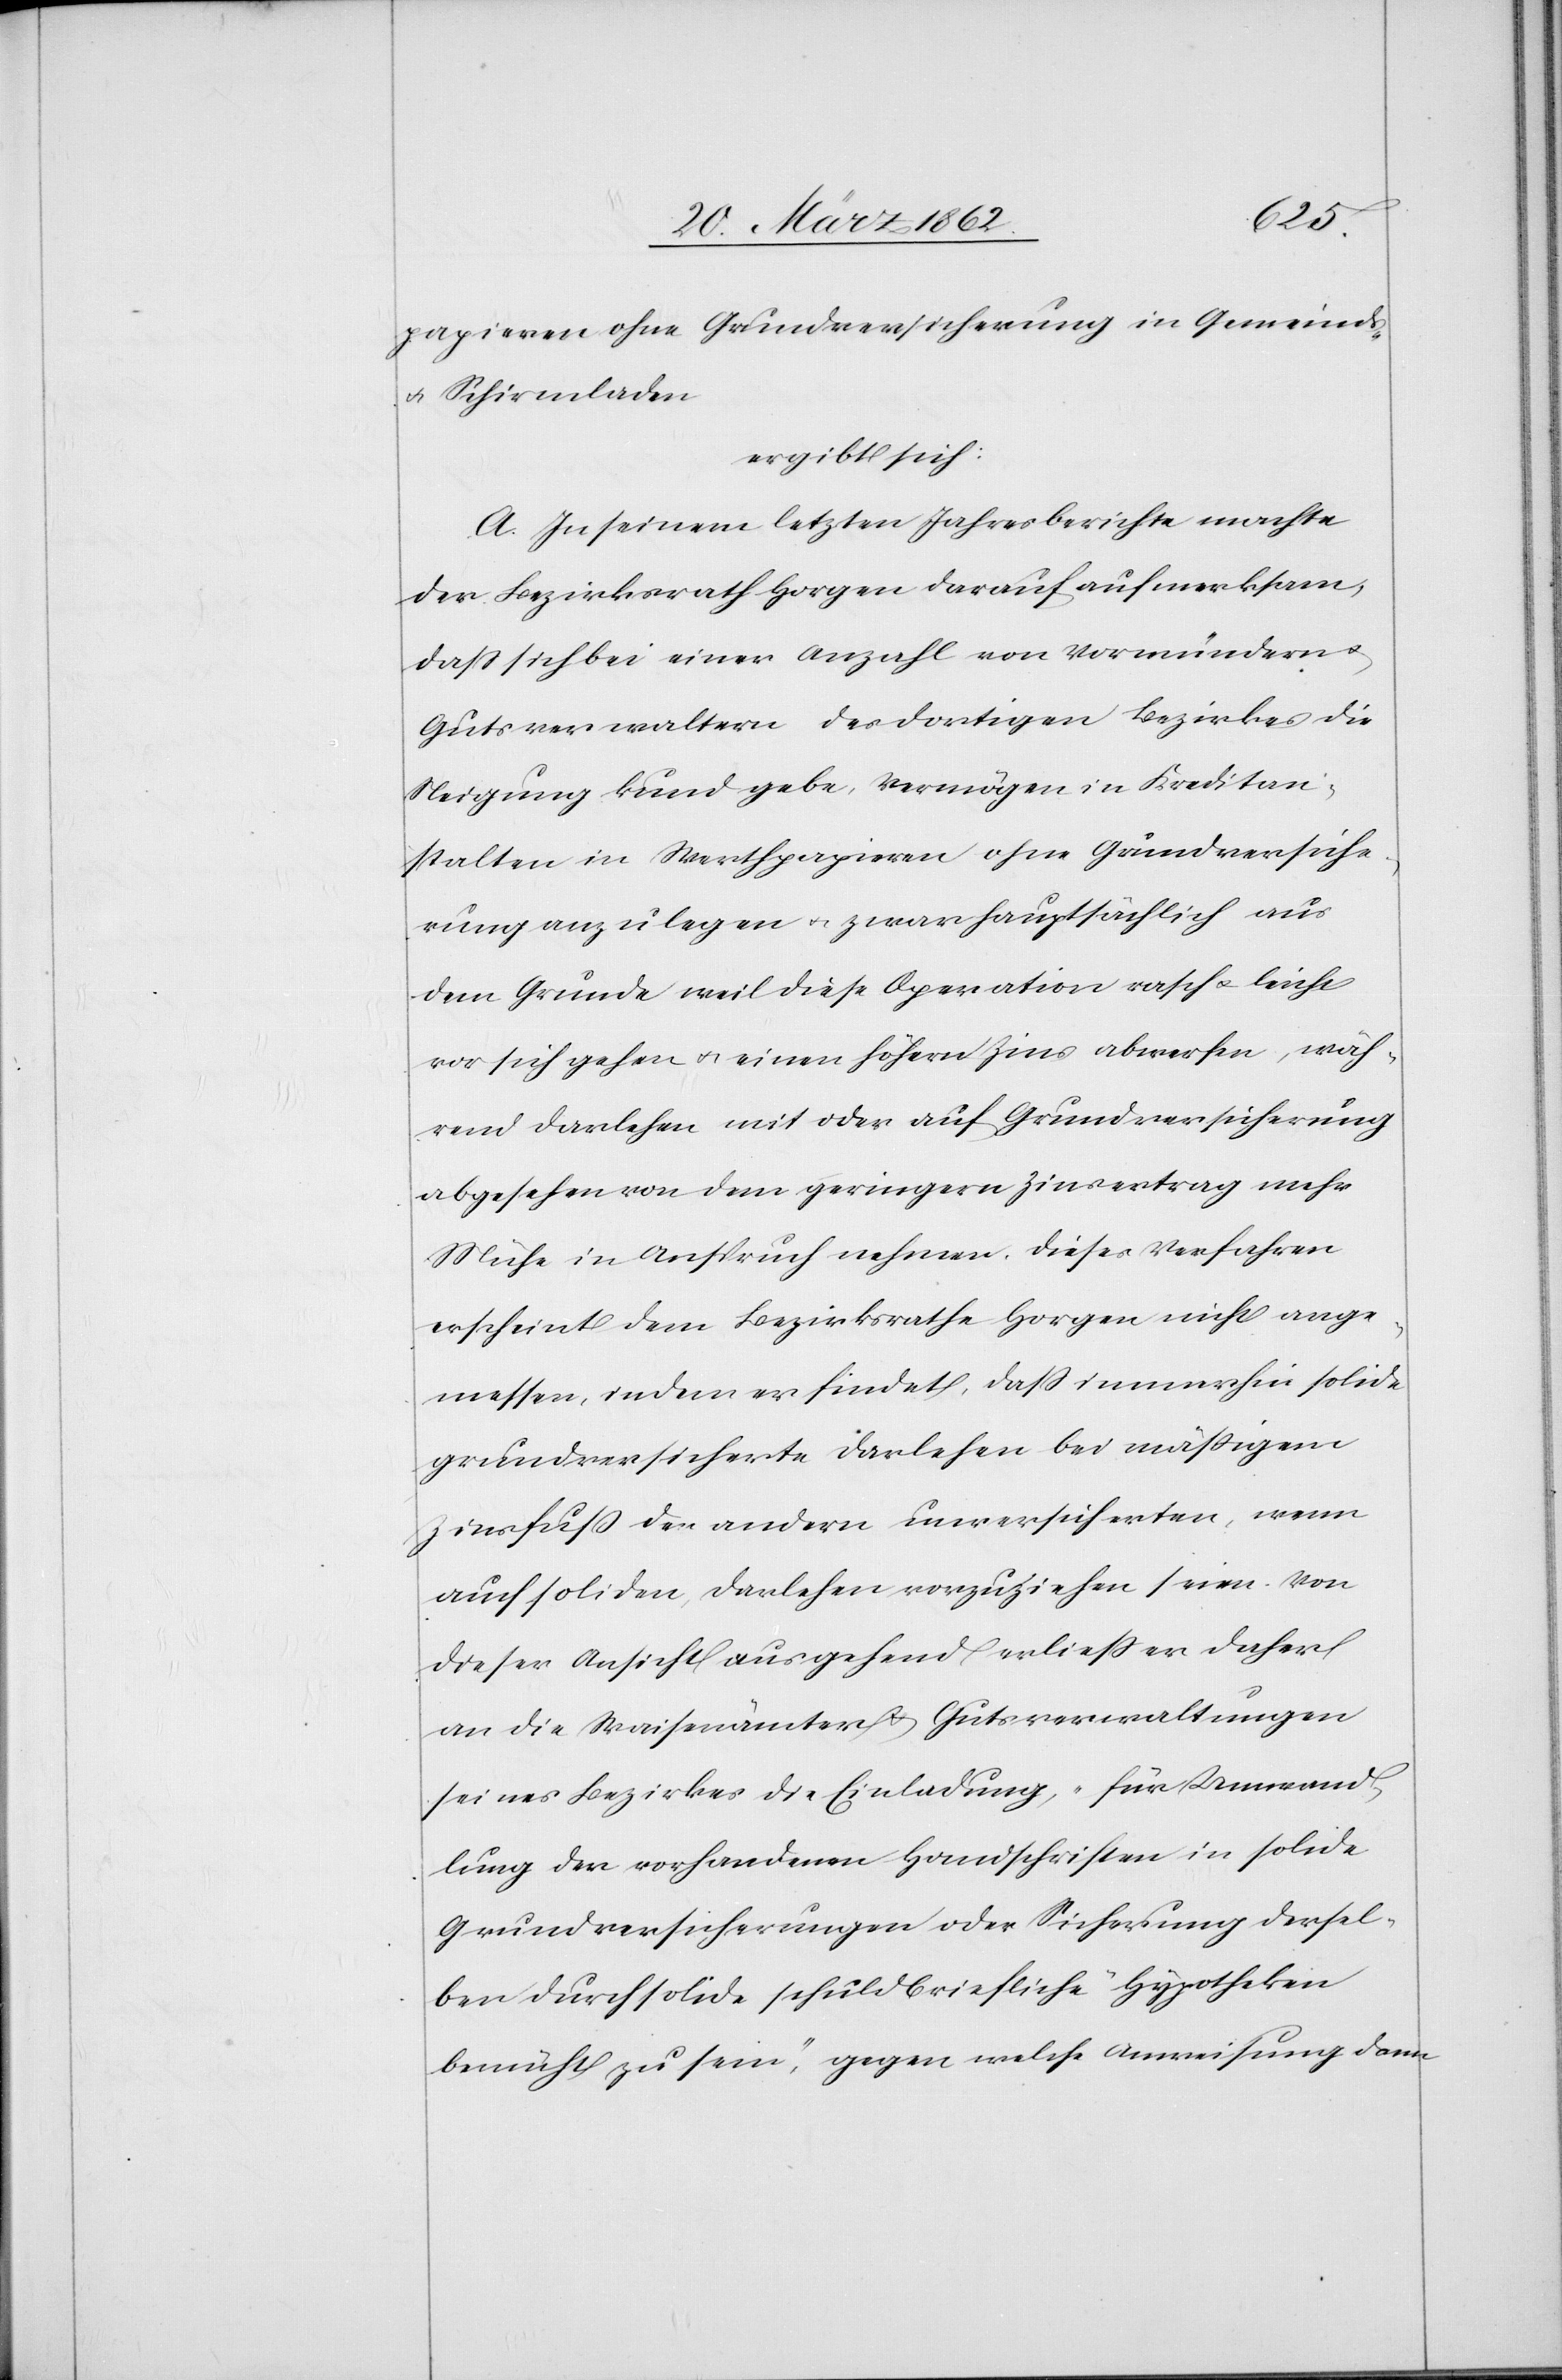
papieren ohne Grundversicherung in Gemeinds-
u. Schirmladen
ergibt sich:
A. In seinem letzten Jahresberichte machte
der Bezirksrath Horgen darauf aufmerksam,
daß sich bei einer Anzahl von Vormündern u.
Gutsverwaltern des dortigen Bezirkes die
Neigung kund gebe, Vermögen in Kreditan¬
stalten in Werthpapieren ohne Grundversiche¬
rung anzulegen u. zwar hauptsächlich aus
dem Grunde weil diese Operation rasch u. leicht
vor sich gehen [sic!] u. einen höhern Zins abwerfen, wäh¬
rend Darlehen mit oder auf Grundversicherung
abgesehen von dem geringern Zinsertrag mehr
Mühe in Anspruch nehmen. Dieses Verfahren
erscheint dem Bezirksrathe Horgen nicht ange¬
messen, indem er findet, daß immerhin solide
grundversicherte Darlehen bei mäßigem
Zinsfuß den andern unversicherten, wenn
auch soliden, Darlehen vorzuziehen seien. Von
dieser Ansicht ausgehend erließ er daher
an die Waisenämter & Gutsverwaltungen
seines Bezirkes die Einladung, „für Umwand¬
lung der vorhandenen Handschriften in solide
Grundversicherungen oder Sicherung dersel¬
ben durch solide schuldbriefliche Hypotheken
bemüht zu sein“, gegen welche Anweisung dann